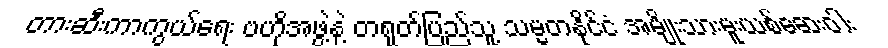
တားဆီးကာကွယ်ရေး ဗဟိုအဖွဲ့နဲ့ တရုတ်ပြည်သူ့ သမ္မတနိုင်ငံ အမျိုးသားမူးယစ်ဆေးဝါး